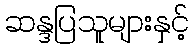
ဆန္ဒပြသူများနှင့်